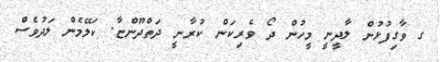
ގ ވާގިފުޅުން ލާދީނީ މީހުން ދޯ ވެރިކަން ކުރާނީ ދަތްދޫންޏާ. ކަލޭމެން ލަދުވެސް